Manual of the Civil Veterinary Department, Central Provinces and Berar
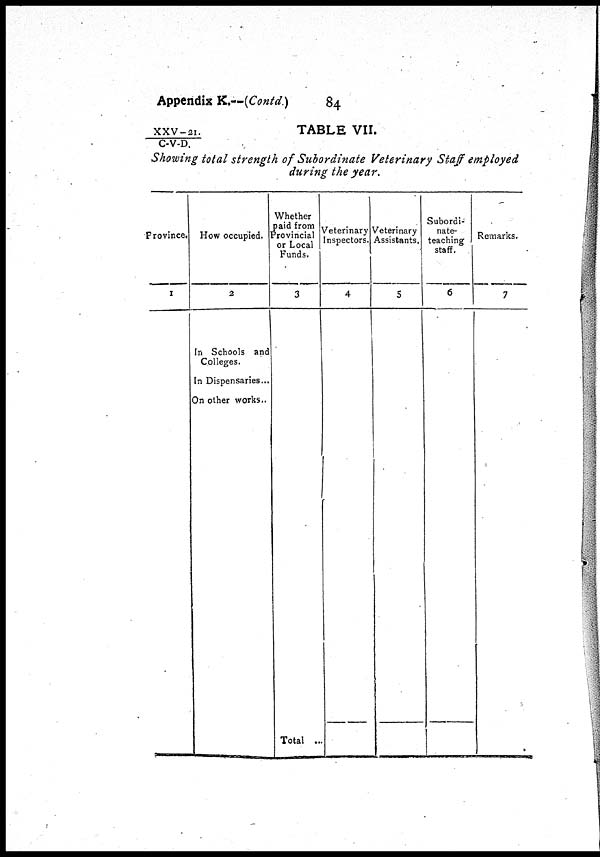
Appendix K.—(Contd.)
84
XXV-21. / C-V-D.
TABLE VII.
Showing total strength of Subordinate Veterinary Staff employed
during the year.
Province.
1
How occupied.
2
In Schools and
Colleges.
In Dispensaries...
On other works..
Whether
paid from
Provincial
or Local
Funds.
3
Total ...
Veterinary
Inspectors.
4
Veterinary
Assistants.
5
Subordi-
nate-
teaching
staff.
6
Remarks.
7